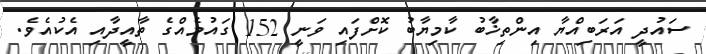
ސައުދީ އަރަބިއްޔާ އިންތިޚާބު ކާމިޔާބު ކޮށްފައި ވަނީ 152 ގައުމެއްގެ ތާއީދާއި އެކުއެވެ.